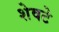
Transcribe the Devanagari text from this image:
शेवटे